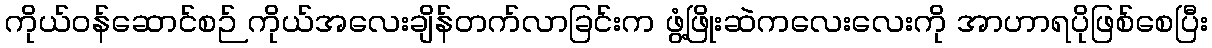
ကိုယ်ဝန်ဆောင်စဉ် ကိုယ်အလေးချိန်တက်လာခြင်းက ဖွံ့ဖြိုးဆဲကလေးလေးကို အာဟာရပိုဖြစ်စေပြီး